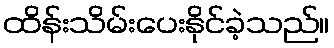
ထိန်းသိမ်းပေးနိုင်ခဲ့သည်။